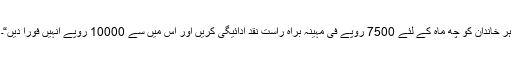
ہر خاندان کو چھ ماہ کے لئے 7500 روپے فی مہینہ براہ راست نقد ادائیگی کریں اور اس میں سے 10000 روپے انہیں فورا دیں“۔